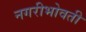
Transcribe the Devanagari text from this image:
नगरीभोवती